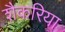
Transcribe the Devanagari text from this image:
शैकरिया